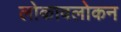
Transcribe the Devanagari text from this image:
लोकावलोकन